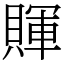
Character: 賱